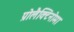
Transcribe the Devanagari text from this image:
प्रोलैक्टिनोमा